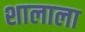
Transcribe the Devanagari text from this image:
शालाला